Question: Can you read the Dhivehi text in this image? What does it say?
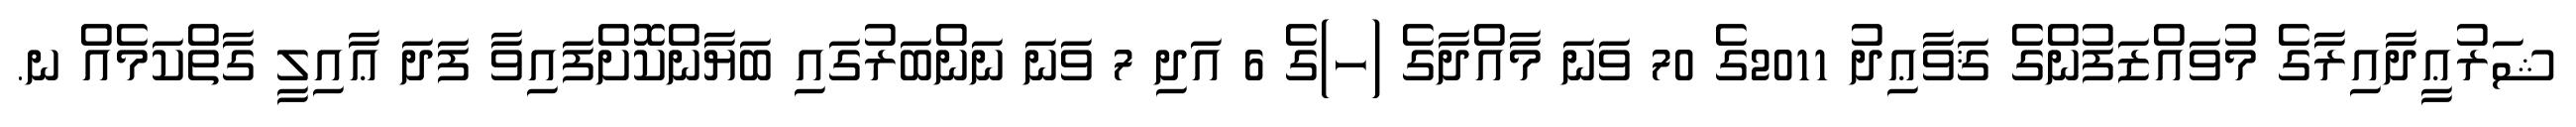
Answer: ޝަރުޢީދާއިރާގެ މުވައްޒަފުންގެ ޤަވާޢިދު 2011ގެ 70 ވަނަ މާއްދާގެ (ހ)ގެ 6 އަދި 7 ވަނަ ނަންބަރުގައި ބަޔާންކޮށްފައިވާ ފަދަ ޢާއިލީ ގާތްކަމެއް ނ.